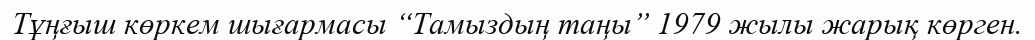
Тұңғыш көркем шығармасы “Тамыздың таңы” 1979 жылы жарық көрген.